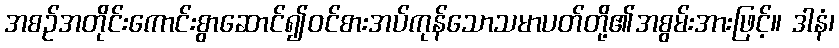
အစဉ်အတိုင်းကောင်းစွာဆောင်၍ဝင်စားအပ်ကုန်သောသမာပတ်တို့၏အစွမ်းအားဖြင့်။ ဒါနံ၊